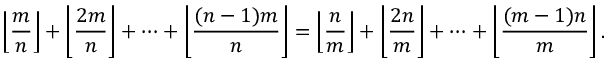
\left\lfloor { \frac { m } { n } } \right\rfloor + \left\lfloor { \frac { 2 m } { n } } \right\rfloor + \dots + \left\lfloor { \frac { ( n - 1 ) m } { n } } \right\rfloor = \left\lfloor { \frac { n } { m } } \right\rfloor + \left\lfloor { \frac { 2 n } { m } } \right\rfloor + \dots + \left\lfloor { \frac { ( m - 1 ) n } { m } } \right\rfloor .